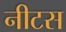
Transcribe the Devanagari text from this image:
नीटस